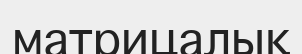
матрицалық